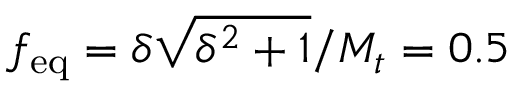
f _ { \mathrm { e q } } = \delta \sqrt { \delta ^ { 2 } + 1 } / M _ { t } = 0 . 5